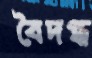
বৈদগ্ধ